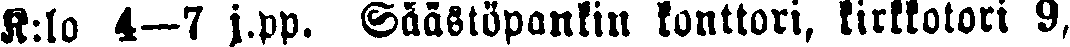
K:lo 4—7 j.pp. Säästöpankin konttori, kirkkotori 9,